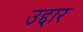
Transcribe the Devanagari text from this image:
उद्दार